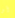
أو